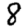
Digit: 8